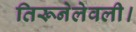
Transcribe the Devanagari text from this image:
तिरूनेलेवली।